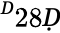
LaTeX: ^Ḋ28Ḍ